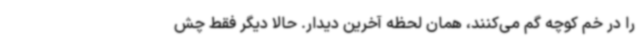
را در خم کوچه گم می‌کنند، همان لحظه آخرین دیدار. حالا دیگر فقط چش